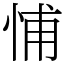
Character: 悑